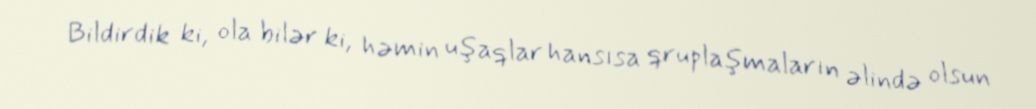
Bildirdik ki, ola bilər ki, həmin uşaqlar hansısa qruplaşmaların əlində olsun